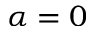
\alpha = 0